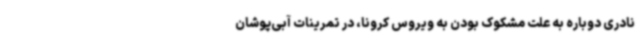
نادری دوباره به علت مشکوک بودن به ویروس کرونا، در تمرینات آبی‌پوشان